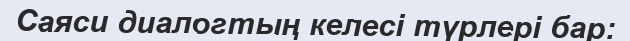
Саяси диалогтың келесі түрлері бар: